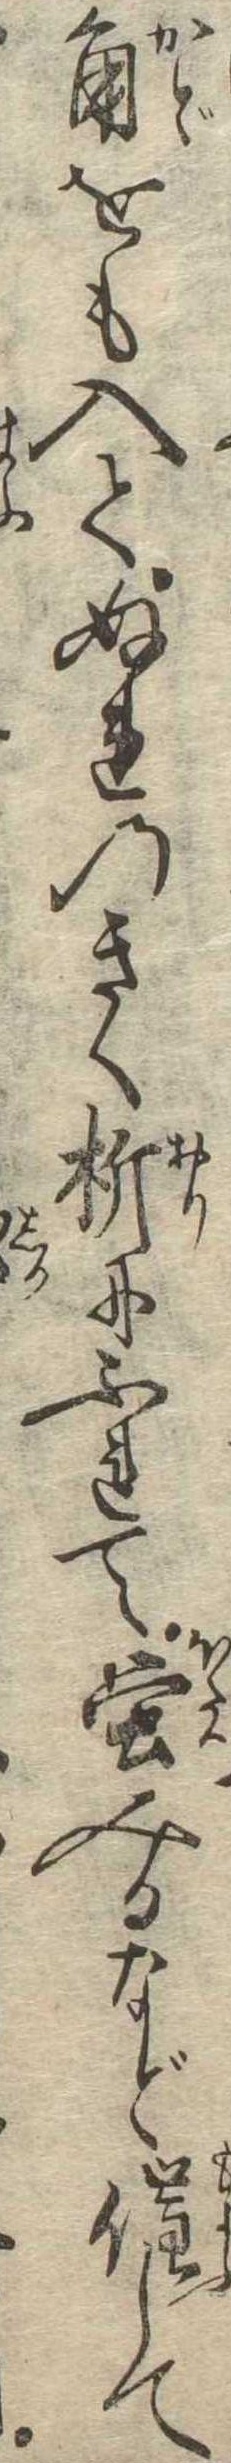
角をも入てぬれのきく折にふれて蛍みるなど催して